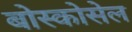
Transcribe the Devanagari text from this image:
बोस्कोसेल